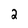
Character: 2